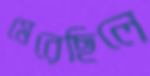
মেরেছিলে